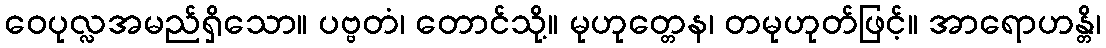
ဝေပုလ္လအမည်ရှိသော။ ပဗ္ဗတံ၊ တောင်သို့။ မုဟုတ္တေန၊ တမုဟုတ်ဖြင့်။ အာရောဟန္တိ၊